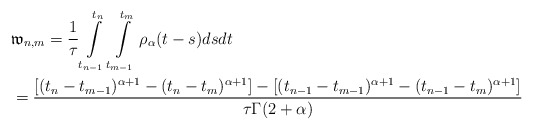
\begin{align*} & \mathfrak{w}_{n,m} = \frac{1}{\tau}\int\limits^{t_{n}}_{t_{n-1}}\int\limits_{t_{m-1}}^{t_{m}} \rho_{\alpha}(t-s)dsdt \\ &=\frac{\left[(t_{n}-t_{m-1})^{\alpha+1}-(t_{n}-t_{m})^{\alpha+1}\right] -\left[(t_{n-1}-t_{m-1})^{\alpha+1}-(t_{n-1}-t_{m})^{\alpha+1}\right]}{\tau\Gamma(2+\alpha)} \end{align*}